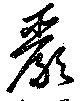
嚴